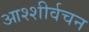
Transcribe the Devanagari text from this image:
आश्शीर्वचन